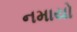
નમાયો